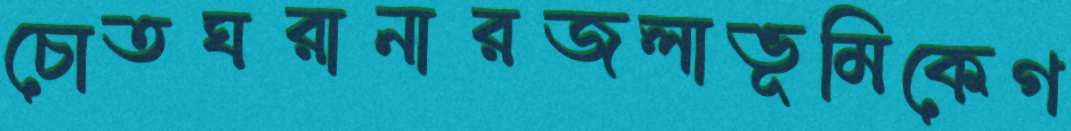
চোতঘরানারজলাভূমিকেগ